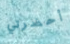
أحضرتي